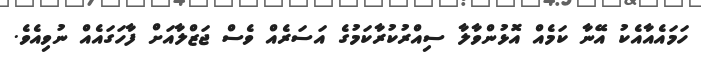
ހަމައެއާއެކު އޭނާ ކަމެއް އޮޅުންވާލާ ސިއްރުކުރާކަމުގެ އަސަރެއް ވެސް ޖަޒްލާއަށް ފާހަގައެއް ނުވިއެވެ.